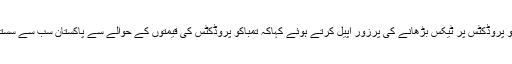
انہوںنے گورنمنٹ سے تمباکو پروڈکٹس پر ٹیکس بڑھانے کی پرزور اپیل کرتے ہوئے کہاکہ تمباکو پروڈکٹس کی قیمتوں کے حوالے سے پاکستان سب سے سستا تمباکو بیچنے والا ملک ہے۔